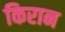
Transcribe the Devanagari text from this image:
किरान